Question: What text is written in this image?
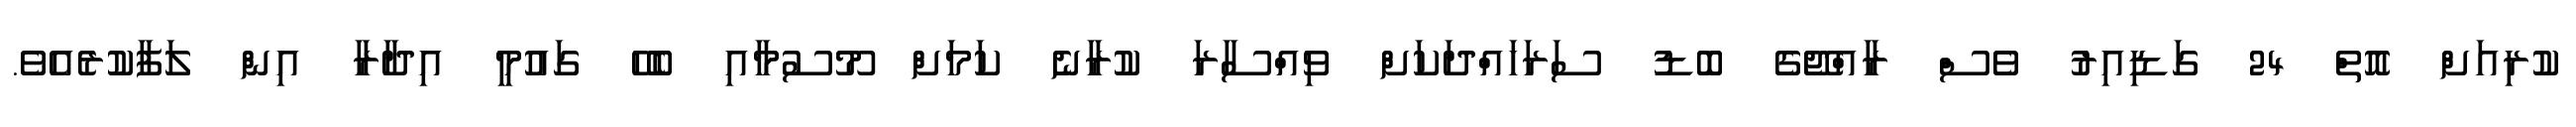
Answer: ކުރިއަށް އޮތް 24 ގަޑިއިރު ވެސް ރާއްޖޭގެ ބޮޑު ސަރަހައްދަކަށް ވިއްސާރަ ކުރާނެ ކަމަށް މޫސުމާއި ބެހޭ ގައުމީ އިދާރާ އިން ލަފާކުރެއެވެ.